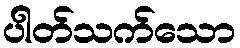
ပါတ်သက်သော